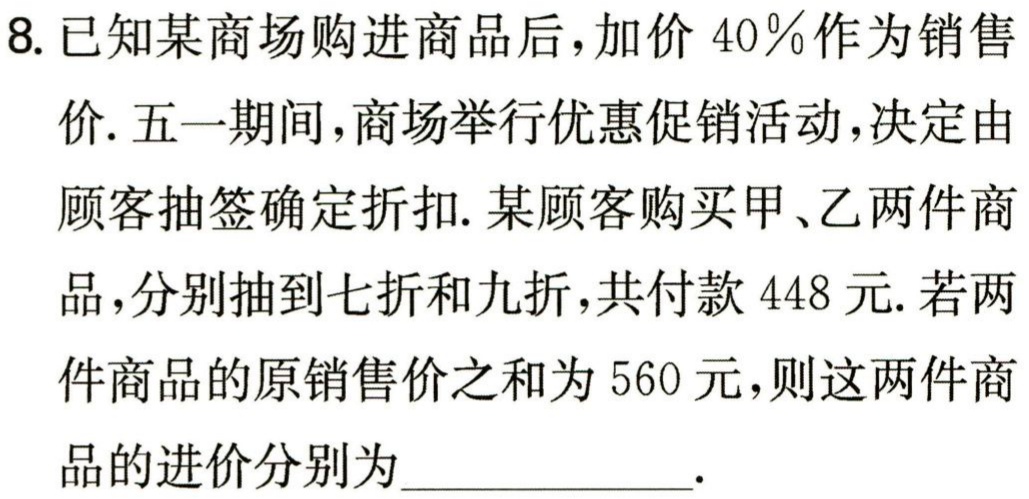
8. 已知某商场购进商品后，加价 \(40\%\) 作为销售价. 五一期间，商场举行优惠促销活动，决定由顾客抽签确定折扣. 某顾客购买甲、乙两件商品，分别抽到七折和九折，共付款 \(448\) 元. 若两件商品的原销售价之和为 \(560\) 元，则这两件商品的进价分别为___.